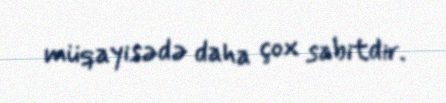
müqayisədə daha çox sabitdir.